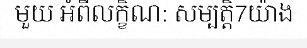
មួយ អំពីលក្ខិណ: សម្បត្តិ7យ៉ាង